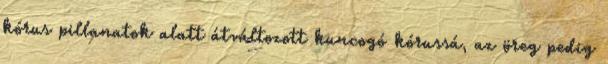
kórus pillanatok alatt átváltozott kuncogó kórussá, az öreg pedig